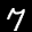
Label: 7